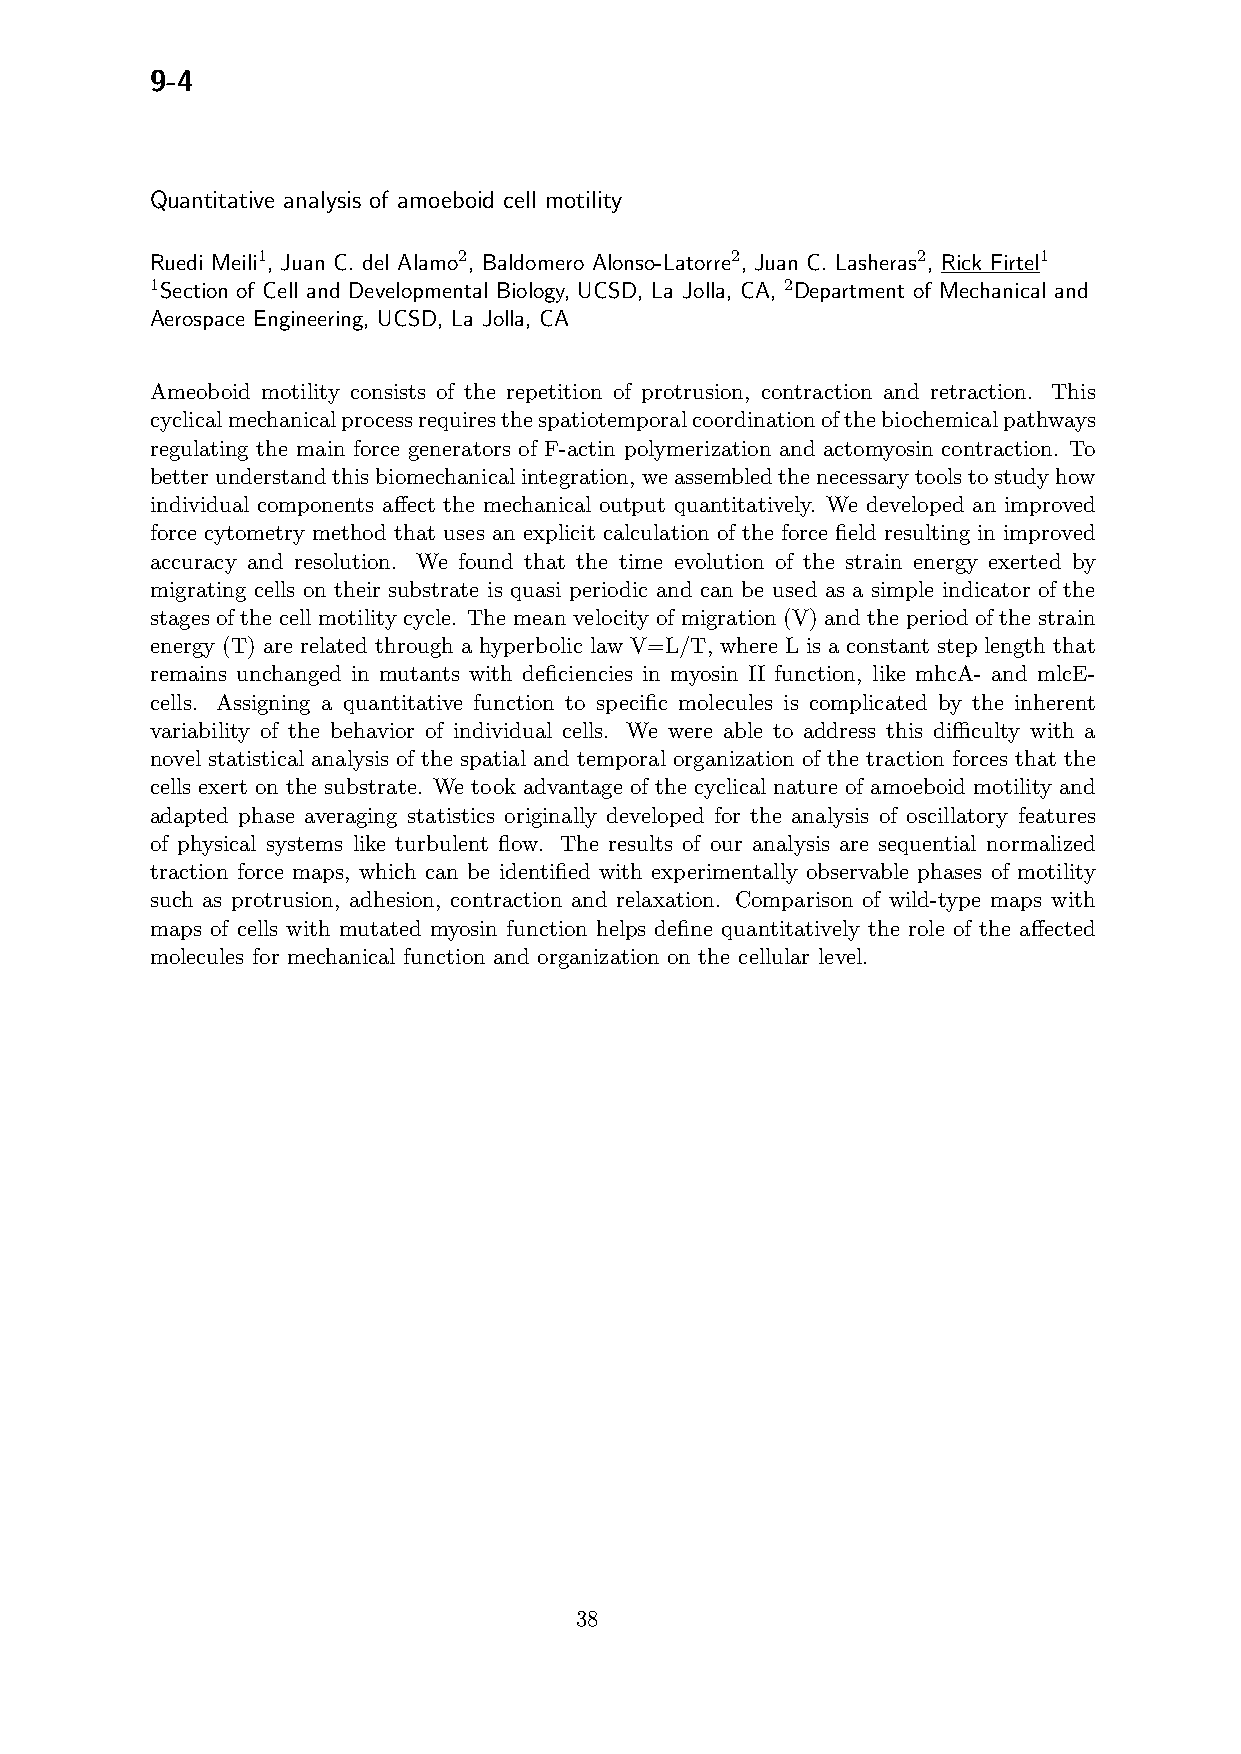
9-4
 Quantitative analysis of amoeboid cell motility
 Ruedi Meili1, Juan C. del Alamo2, Baldomero Alonso-Latorre2, Juan C. Lasheras2, Rick Firtel1
 1Section of Cell and Developmental Biology, UCSD, La Jolla, CA, 2Department of Mechanical and
 Aerospace Engineering, UCSD, La Jolla, CA
 Ameoboid motility consists of the repetition of protrusion, contraction and retraction. This
 cyclicalmechanicalprocessrequiresthespatiotemporalcoordinationofthebiochemicalpathways
 regulating the main force generators of F-actin polymerization and actomyosin contraction. To
 betterunderstandthisbiomechanicalintegration,weassembledthenecessarytoolstostudyhow
 individual components affect the mechanical output quantitatively. We developed an improved
 force cytometry method that uses an explicit calculation of the force field resulting in improved
 accuracy and resolution. We found that the time evolution of the strain energy exerted by
 migrating cells on their substrate is quasi periodic and can be used as a simple indicator of the
 stages of the cell motility cycle. The mean velocity of migration (V) and the period of the strain
 energy (T) are related through a hyperbolic law V=L/T, where L is a constant step length that
 remains unchanged in mutants with deficiencies in myosin II function, like mhcA- and mlcE-
 cells. Assigning a quantitative function to specific molecules is complicated by the inherent
 variability of the behavior of individual cells. We were able to address this difficulty with a
 novel statistical analysis of the spatial and temporal organization of the traction forces that the
 cells exert on the substrate. We took advantage of the cyclical nature of amoeboid motility and
 adapted phase averaging statistics originally developed for the analysis of oscillatory features
 of physical systems like turbulent flow. The results of our analysis are sequential normalized
 traction force maps, which can be identified with experimentally observable phases of motility
 such as protrusion, adhesion, contraction and relaxation. Comparison of wild-type maps with
 maps of cells with mutated myosin function helps define quantitatively the role of the affected
 molecules for mechanical function and organization on the cellular level.
 38